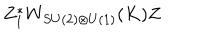
Z _ { 1 } ^ { * } W _ { S U ( 2 ) \otimes U ( 1 ) } ( K ) Z